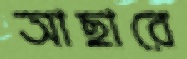
আছারে